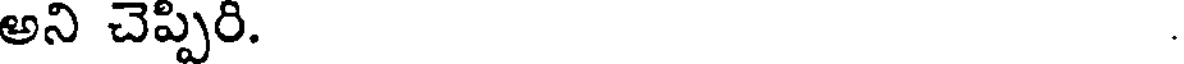
అని చెప్పిరి.